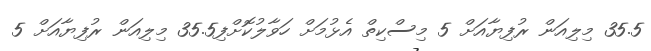
35.5 މިލިއަން ރުފިޔާއަށް 5 މިސްކިތް އެޅުމަށް ހަވާލުކޮށްފި35.5 މިލިއަން ރުފިޔާއަށް 5